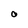
Character: O